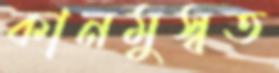
কানমুস্বত